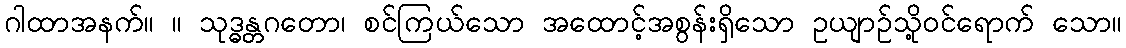
ဂါထာအနက်။ ။ သုဒ္ဓန္တဂတော၊ စင်ကြယ်သော အထောင့်အစွန်းရှိသော ဥယျာဉ်သို့ဝင်ရောက် သော။